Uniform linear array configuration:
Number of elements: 8
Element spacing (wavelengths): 0.25
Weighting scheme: hamming
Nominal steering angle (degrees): -60
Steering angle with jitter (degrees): -60.296
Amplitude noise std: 0.05
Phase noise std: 0.05

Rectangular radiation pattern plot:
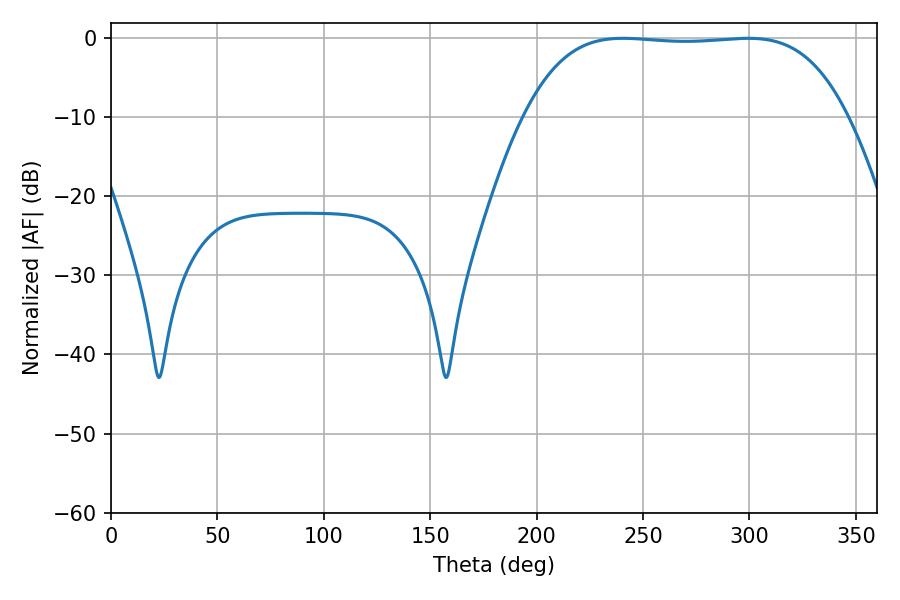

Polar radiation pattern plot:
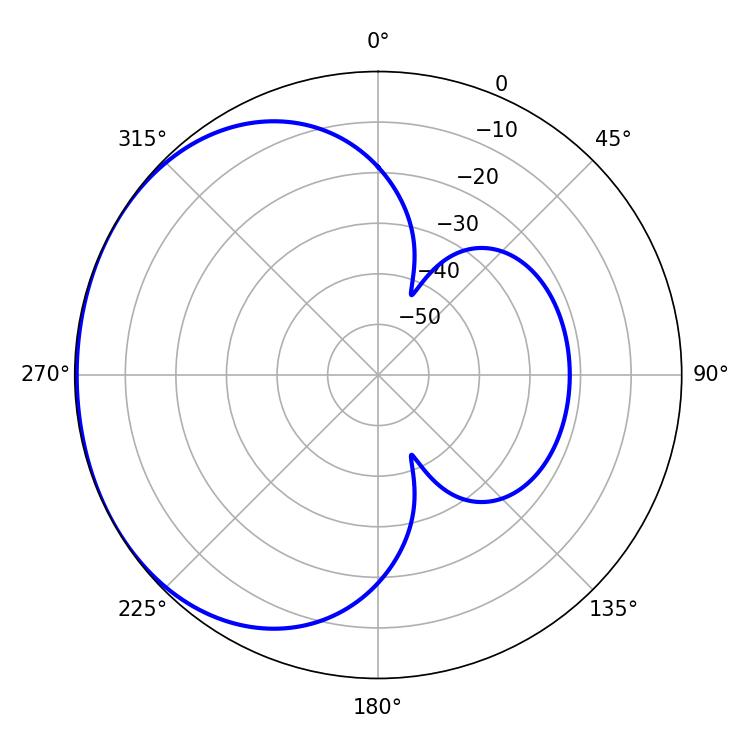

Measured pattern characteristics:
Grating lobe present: FALSE
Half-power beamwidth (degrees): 118.08
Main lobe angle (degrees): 299.34